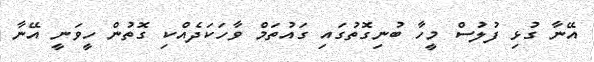
އޭނާ ގުޅި ފުލުސް މީހާ ބުނިގޮތުގައި ގައުތަމް ވާހަކަދެއްކި ގޮތުން ހީވަނީ އޭނާ